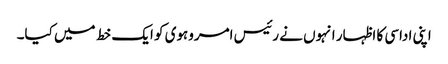
اپنی اداسی کا اظہار انہوں نے رئیس امروہوی کو ایک خط میں کیا۔